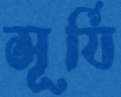
সূর্যি